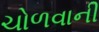
ચોળવાની